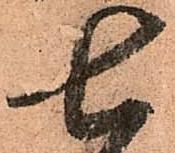
七